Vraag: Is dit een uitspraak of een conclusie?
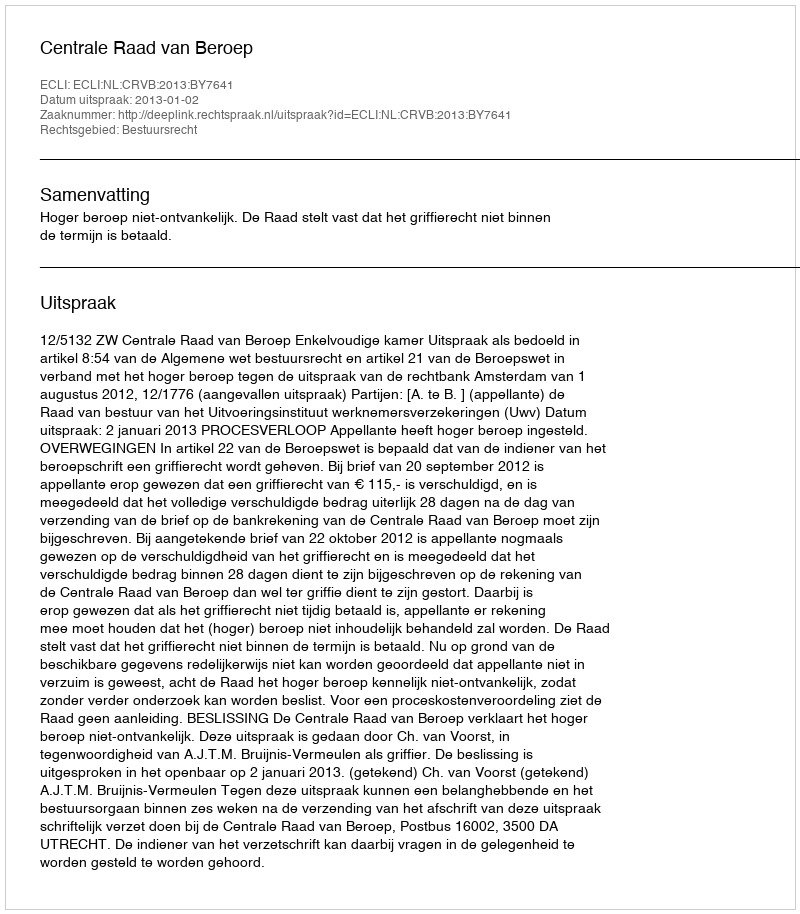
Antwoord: Uitspraak